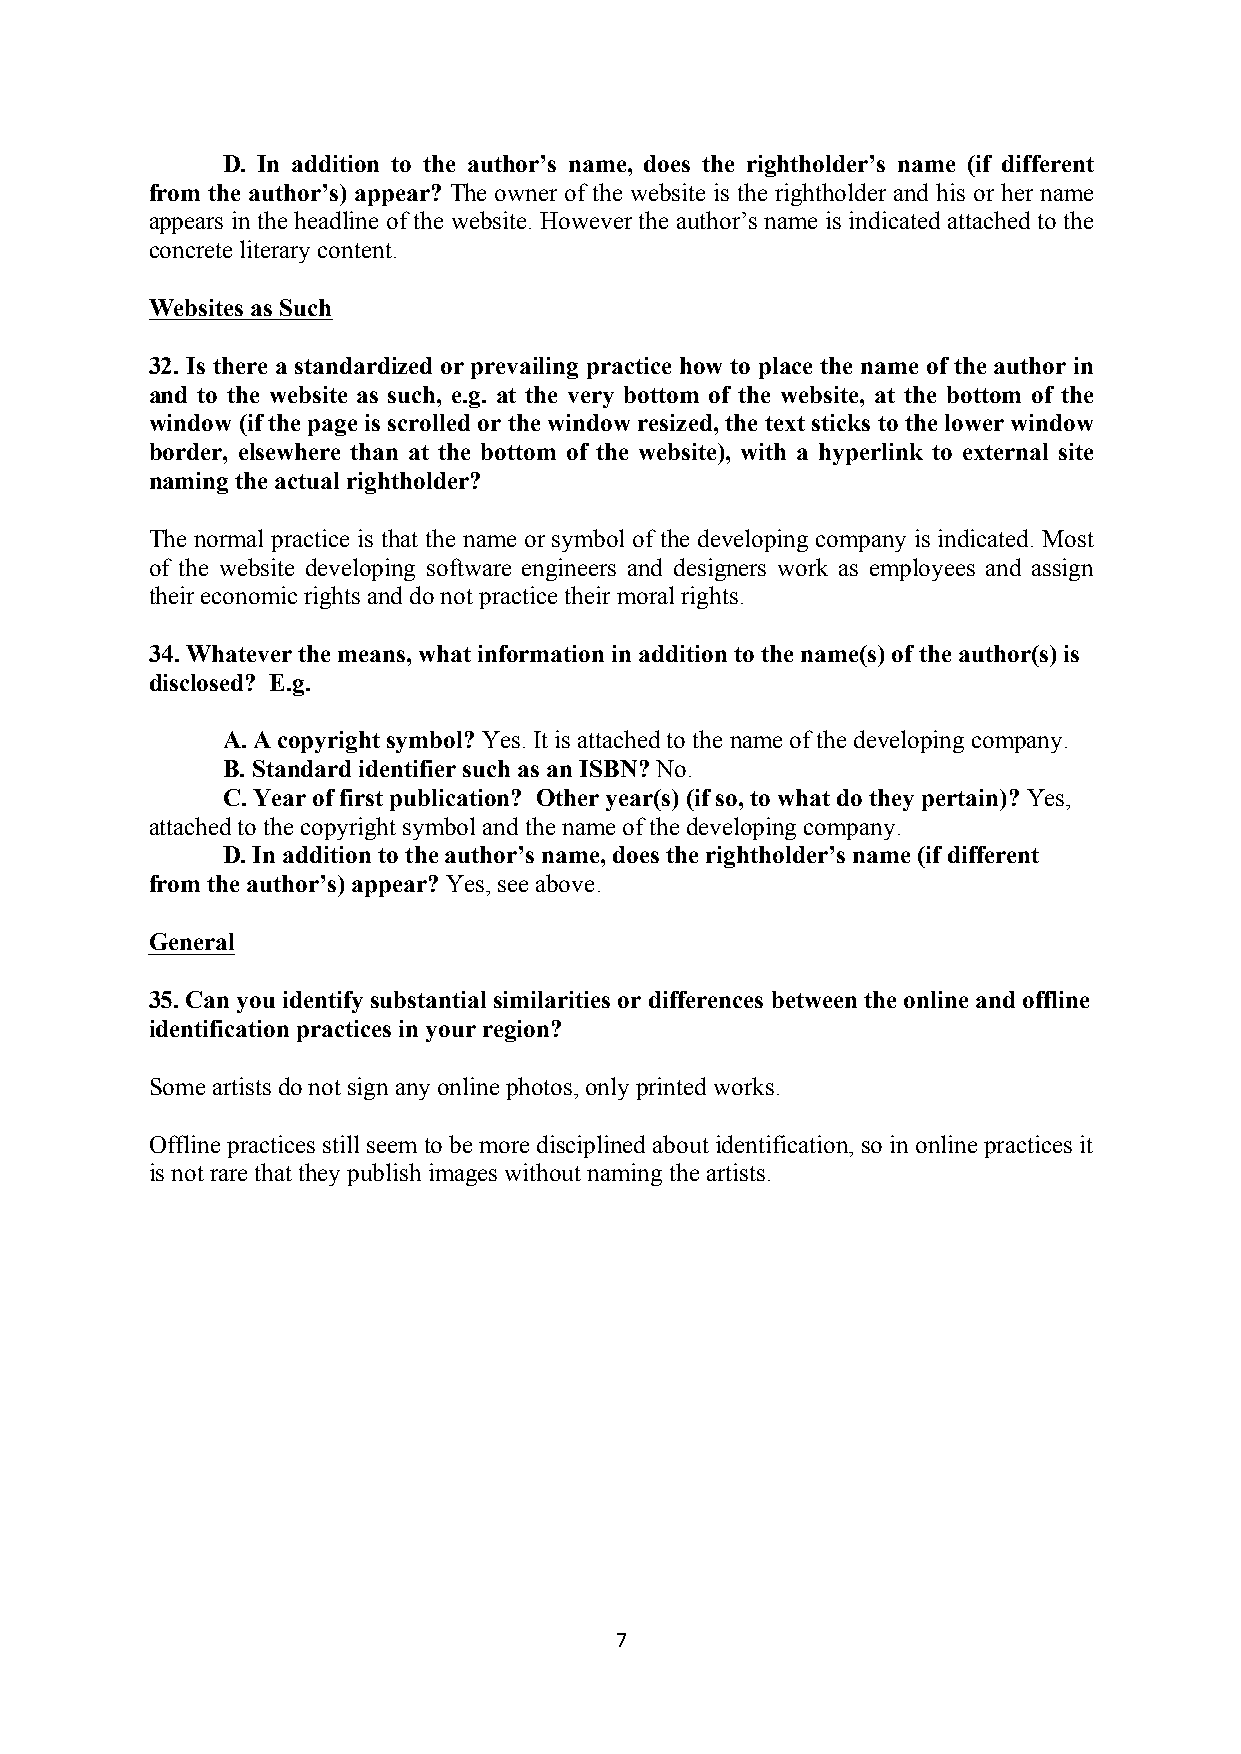
D. In addition to the author’s name, does the rightholder’s name (if different
 from the author’s) appear? The owner of the website is the rightholder and his or her name
 appears in the headline of the website. However the author’s name is indicated attached to the
 concrete literary content.
 Websites as Such
 32. Is there a standardized or prevailing practice how to place the name of the author in
 and to the website as such, e.g. at the very bottom of the website, at the bottom of the
 window (if the page is scrolled or the window resized, the text sticks to the lower window
 border, elsewhere than at the bottom of the website), with a hyperlink to external site
 naming the actual rightholder?
 The normal practice is that the name or symbol of the developing company is indicated. Most
 of the website developing software engineers and designers work as employees and assign
 their economic rights and do not practice their moral rights.
 34. Whatever the means, what information in addition to the name(s) of the author(s) is
 disclosed? E.g.
 A. A copyright symbol? Yes. It is attached to the name of the developing company.
 B. Standard identifier such as an ISBN? No.
 C. Year of first publication? Other year(s) (if so, to what do they pertain)? Yes,
 attached to the copyright symbol and the name of the developing company.
 D. In addition to the author’s name, does the rightholder’s name (if different
 from the author’s) appear? Yes, see above.
 General
 35. Can you identify substantial similarities or differences between the online and offline
 identification practices in your region?
 Some artists do not sign any online photos, only printed works.
 Offline practices still seem to be more disciplined about identification, so in online practices it
 is not rare that they publish images without naming the artists.
 7